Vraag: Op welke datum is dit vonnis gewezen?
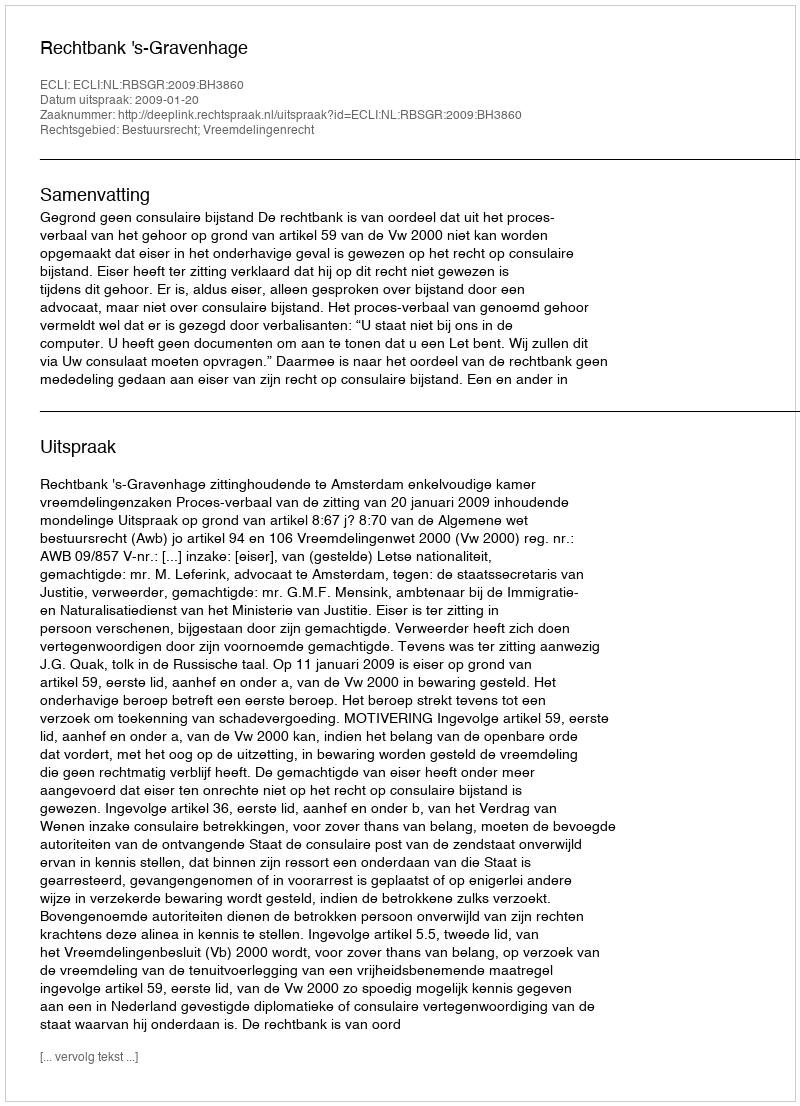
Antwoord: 2009-01-20